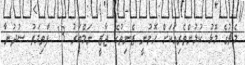
މެޗުގެ މޮޅު ކުޅުންތެރިއަކަށް ހޮވުނީ ޒެނިތުގެ ޖާޒީ ނަމްބަރު 13 ފާތިމަތު ސުދުނާ